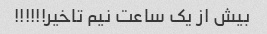
بیش از یک ساعت نیم تاخیر!!!!!!